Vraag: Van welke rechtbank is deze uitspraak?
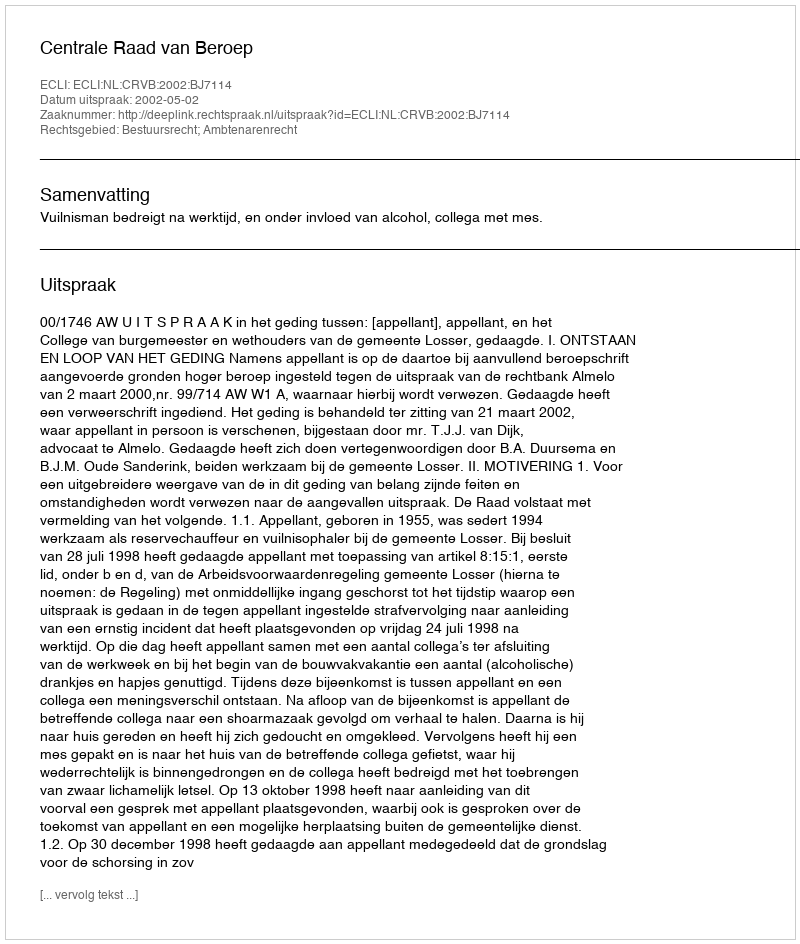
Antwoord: Centrale Raad van Beroep